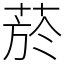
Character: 菸